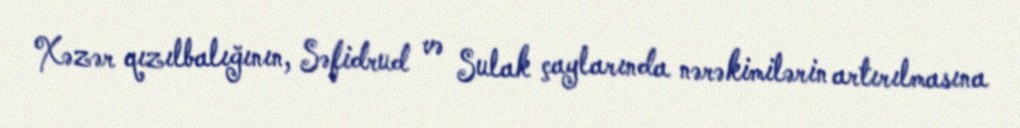
Xəzər qızılbalığının, Səfidrud və Sulak çaylarında nərəkimilərin artırılmasına